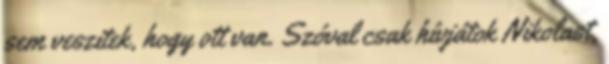
sem veszitek, hogy ott van. Szóval csak hívjátok Nikolast,